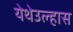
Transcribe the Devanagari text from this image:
येथेउल्हास